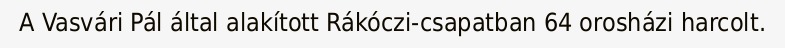
A Vasvári Pál által alakított Rákóczi-csapatban 64 orosházi harcolt.